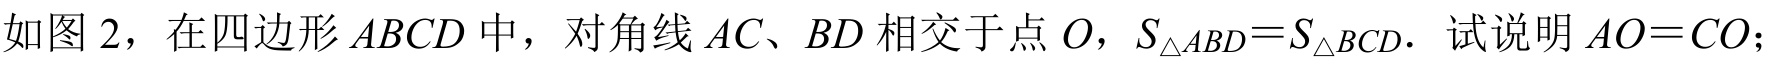
如图 2，在四边形$ABCD$中，对角线$AC、BD$相交于点$O$，$S_{\triangle ABD}=S_{\triangle BCD}.$ 试说明$AO = CO$；